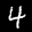
Label: 4